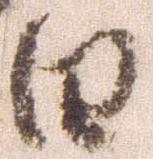
日